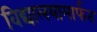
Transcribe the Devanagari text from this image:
विद्यालयामार्फत